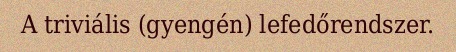
A triviális (gyengén) lefedőrendszer.